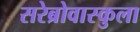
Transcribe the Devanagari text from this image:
सरेब्रोवास्कुला